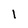
Character: 1